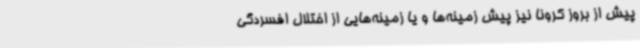
پیش از بروز کرونا نیز پیش زمینه‌ها و یا زمینه‌هایی از اختلال افسردگی